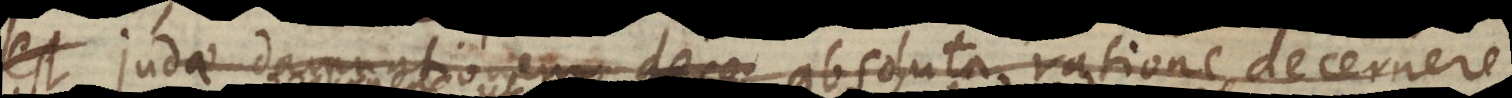
est, Judae damnationem dece absoluta ratione decernere,